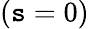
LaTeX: (\mathtt{s}=0)